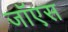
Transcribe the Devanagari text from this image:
जॉएस